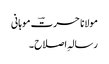
مولانا حسرتؔ موہانی
رسالہِ اصلاح ۔